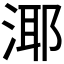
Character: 𪶘